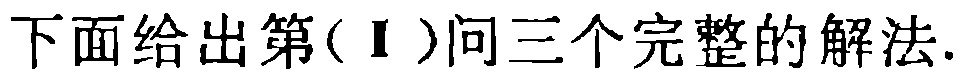
下面给出第(Ⅰ)问三个完整的解法.